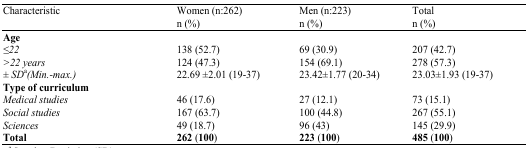
| Characteristic | Women (n:262) n (%) | Men (n:223) n (%) | Total n (%) |
 | --- | --- | --- | --- |
 | Age |  |  |  |
 | ≤22 | 138 (52.7) | 69 (30.9) | 207 (42.7) |
 | >22 years | 124 (47.3) | 154 (69.1) | 278 (57.3) |
 | ± SDa(Min.-max.) | 22.69 ±2.01 (19–37) | 23.42±1.77 (20–34) | 23.03±1.93 (19–37) |
 | Type of curriculum |  |  |  |
 | Medical studies | 46 (17.6) | 27 (12.1) | 73 (15.1) |
 | Social studies | 167 (63.7) | 100 (44.8) | 267 (55.1) |
 | Sciences | 49 (18.7) | 96 (43) | 145 (29.9) |
 | Total | 262 (100) | 223 (100) | 485 (100) |